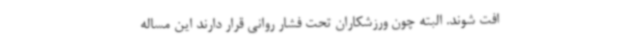
افت شوند. البته چون ورزشکاران تحت فشار روانی قرار دارند این مساله